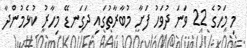
މި މަހުގެ 22 ވަނަ ދުވަހު ފަށާ މުބާރާތުގައި ދަގަނޑޭ މިހާރު ކުޅެމުންދާ